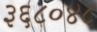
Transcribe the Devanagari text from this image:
३६८०४८